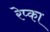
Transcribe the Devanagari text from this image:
रेप्का